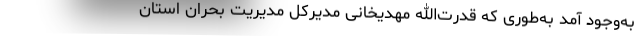
به‌وجود آمد به‌طوری که قدرت‌الله مهدیخانی مدیرکل مدیریت بحران استان